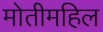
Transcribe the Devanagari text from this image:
मोतीमहिल